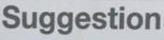
Suggestion